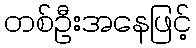
တစ်ဦးအနေဖြင့်